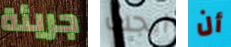
جريئة ايجب أن